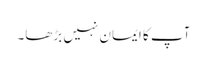
آپ کا ایمان نہیں بڑھا۔